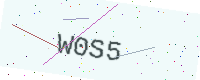
Text: W0S5